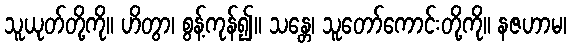
သူယုတ်တို့ကို။ ဟိတွာ၊ စွန့်ကုန်၍။ သန္တေ၊ သူတော်ကောင်းတို့ကို။ နဇဟာမ၊